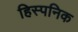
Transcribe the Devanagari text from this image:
हिस्पनिक